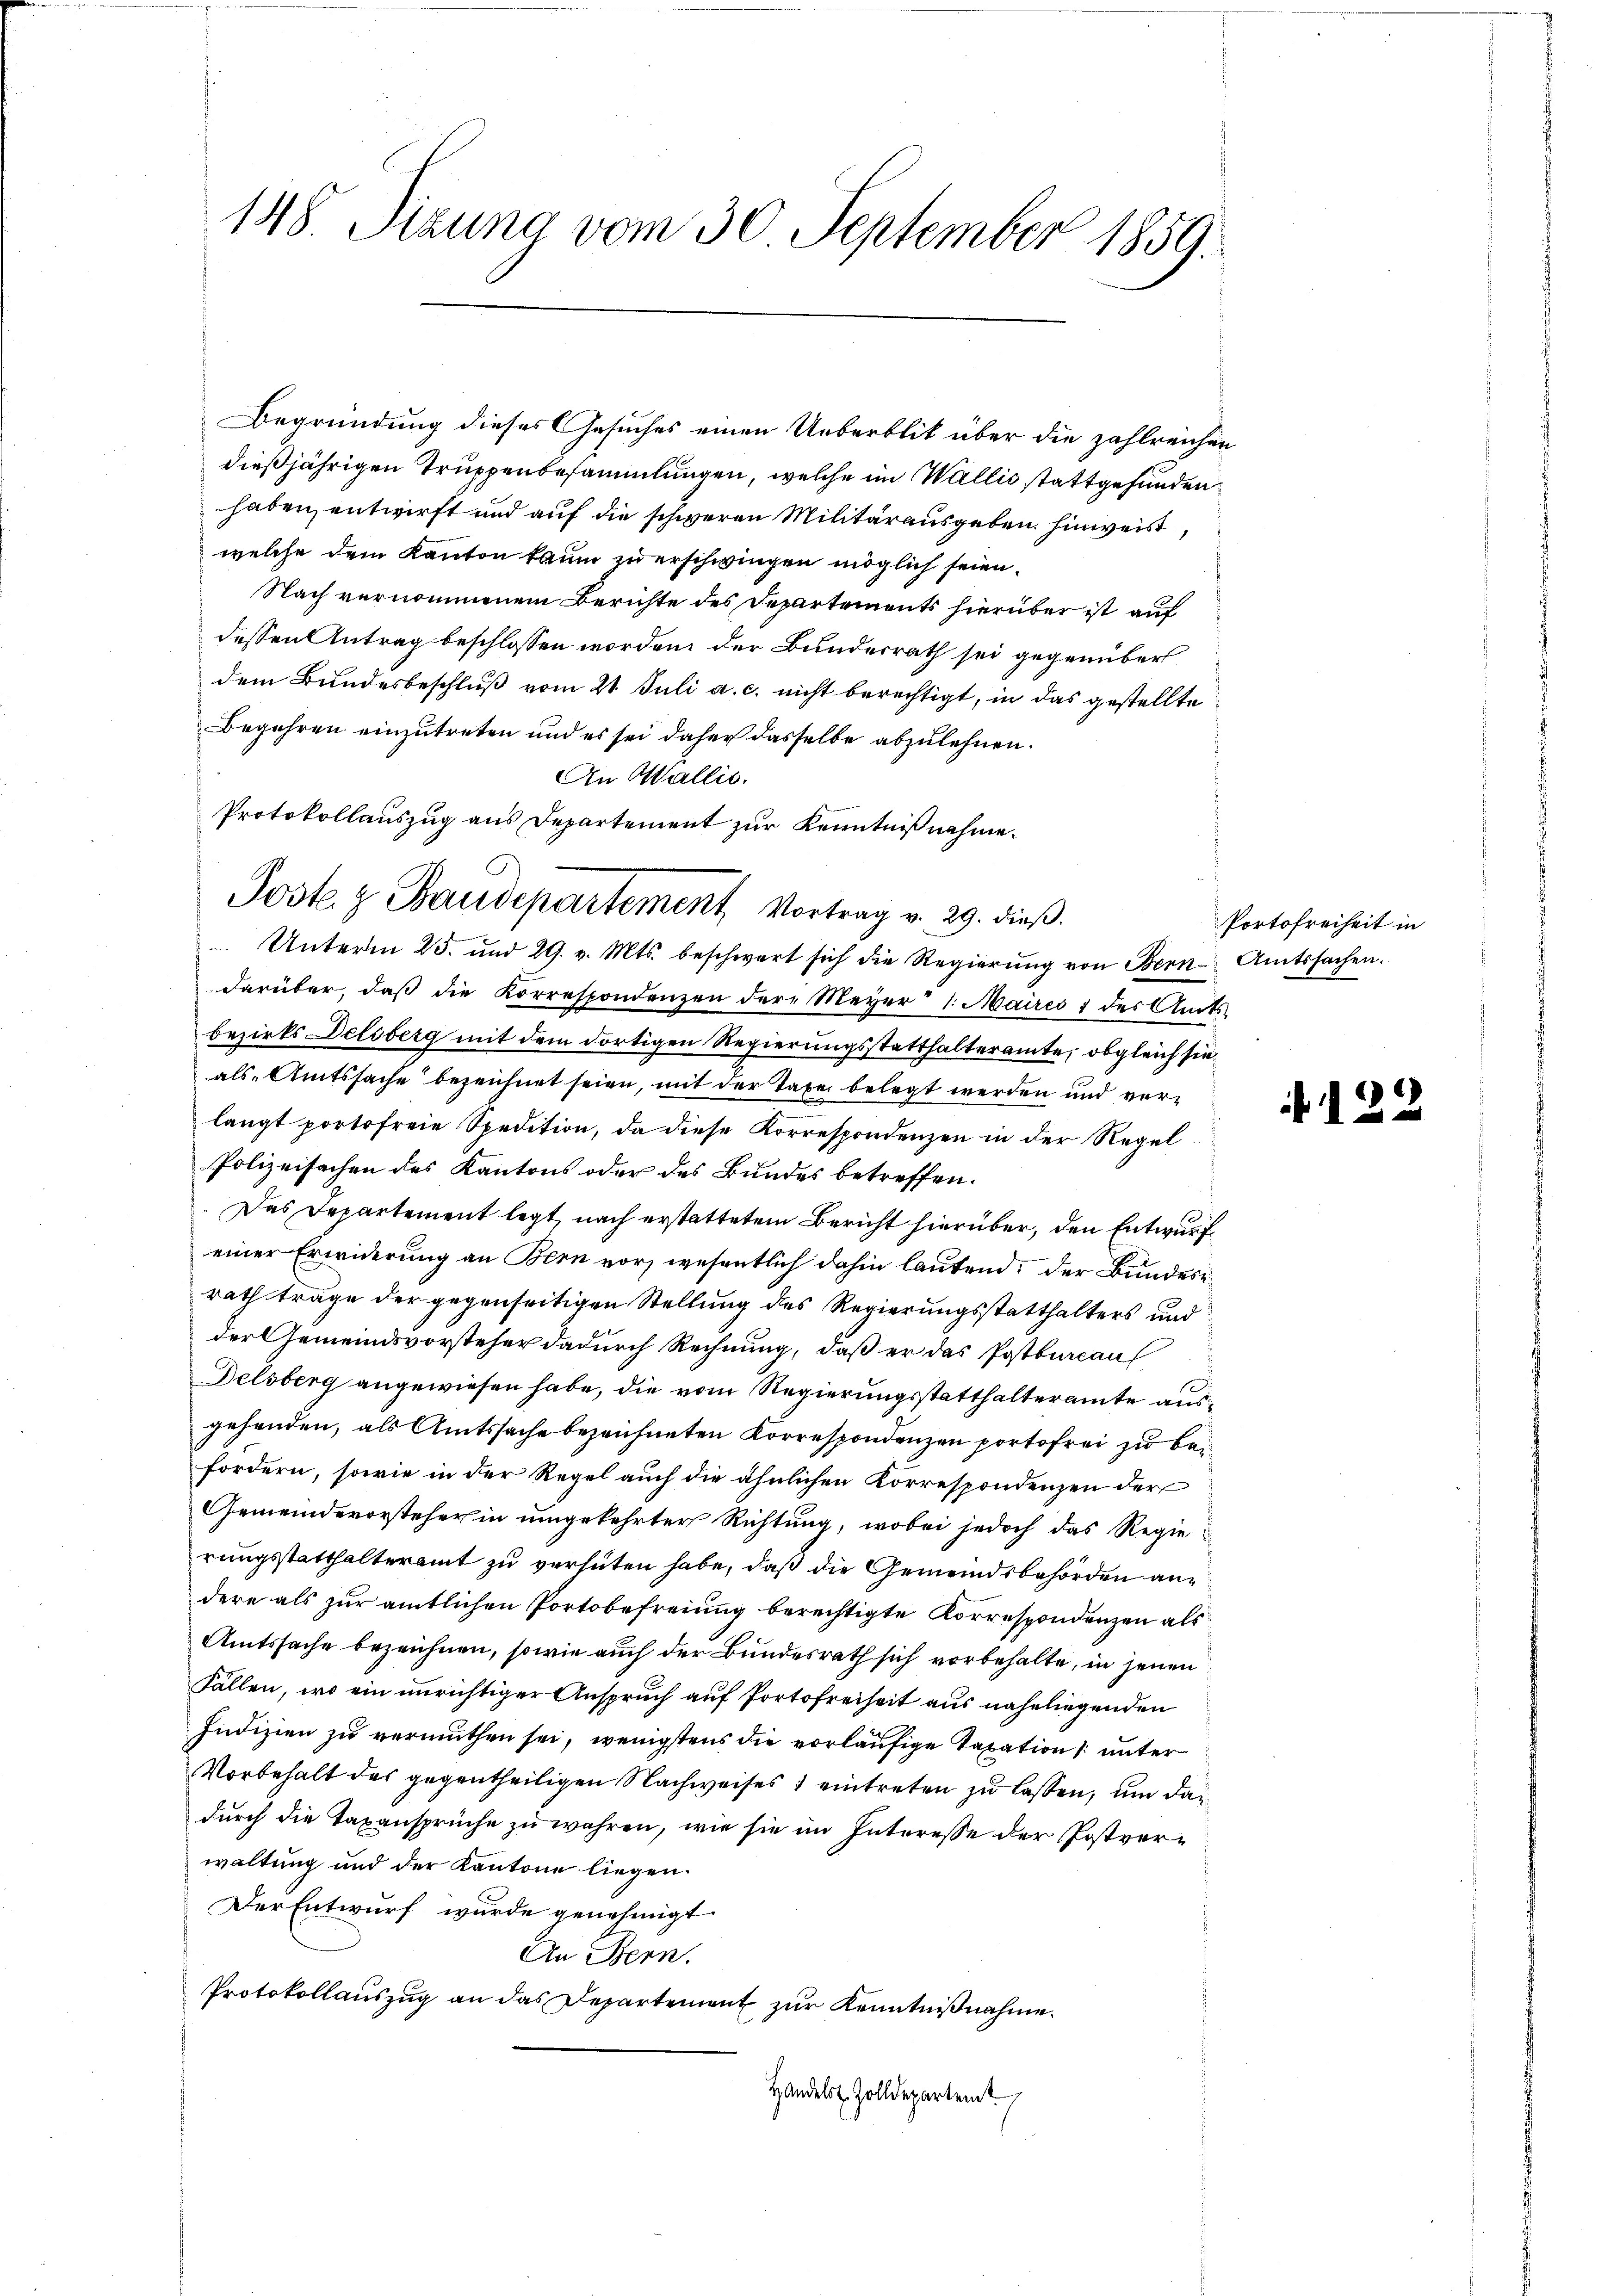
148. Sizung vom 30. September 1859.

Begründung dieses Gesuches einen Ueberblik über die zahlreichen
dießjährigen Truppenbesammlungen, welche im Wallis stattgefunden
haben entwirft und auf die schweren Militärausgeben hinweist,
welche dem Kanton kaum zu erschwingen möglich seien.
Nach vernommenem Berichte des Departements hierüber ist auf
dessen Antrag beschlossen worden der Bundesrath sei gegenüber
dem Bundesbeschluß vom 21. Juli a. c. nicht berechtigt, in das gestellte
Begehren einzutreten und es sei daher dasselbe abzulehnen.
An Wallis.
Unterm 25. und 29. v. Mts. beschwert sich die Regierŭng von Bern Amtssachen.
darüber, daβ die Korrespondenzen der Meyer 1. Maires 1 des Amts-
bezirks Delsberg mit dem dortigen Regierungsstatthalteramte, obgleich sie
als Amtssache bezeichnet seien, mit der Taxe belegt werden und verlangt portofreie Spedition, da diese Korrespondenzen in der Regel
Polizeisachen des Kantons oder des Bundes betreffen.
Das Departement legt, nach erstattetem Bericht hierüber, den Entwurf
einer Erwiderung an Bern vor, wesentlich dahin lautend: der Bundesrath träge der gegenseitigen Stellung des Regierungsstatthalters und
der Gemeindsvorsteher dadurch Rechnung, daß er das Postbureaul
Delsberg angewiesen habe, die vom Regierungsstatthalteramte ausgehenden, als Amtssache bezeichneten Korrespondenzen portofrei zu befordern, sowie in der Regel auch die ähnlichen Korrespondenzen der
Gemeindevorsteher in umgekehrter Richtung, wobei jedoch das Regierungsstatthalteramt zu verhüten habe, daß die Gemeindsbehörden andere als zur amtlichen Portobefreiung berechtigte Korrespondenzen als
Amtssache bezeichnen, sowie auch der Bundesrath sich vorbehalte, in jenen
Fällen, wo ein unrichtiger Anspruch auf Portofreiheit aus naheliegenden
Indizien zu vermuthen sei, wenigstens die vorläufige Taxation unter
Vorbehalt des gegentheiligen Nachweises eintreten zu lassen, um dar
durch die Taxansprüche zu währen, wie sie im Interesse der Postverwaltung und der Kantone liegen.
Der Entwurf wurde genehmigt
An Bern.
Protokollauszug an das Departement zur Kenntnißnahme.
Handelst Zolldepartemt

Protokollauszug aus Departement zur Kenntnißnahme.
Poste. z. Baudepartement Vortrag v. 29. dieß.

Portofreiheit in

122